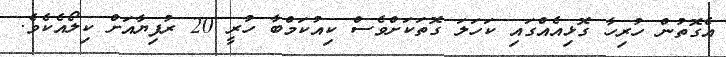
އެގޮތުން ހުރިހާ ގޮޅިއެއްގައި ކަހަލަ ގޮތަކަށްވެސް ކިއުކަމްބާ ހުރީ 20 ރުފިޔާއަށް ކިލޯއެކެވެ.